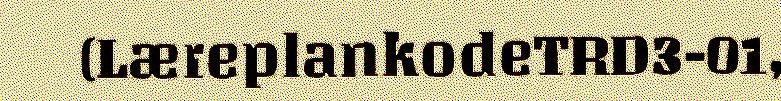
(LæreplankodeTRD3-01,